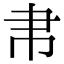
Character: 帇